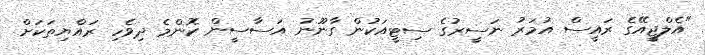
"އެލްޖީއޭގެ ރައީސް އުމަރު ނަސީރުގެ ސިޓީއަކުން ގާނޫނު އަސާސީން ކޮންމެ ދިވެހި ރައްޔިތަކަށް